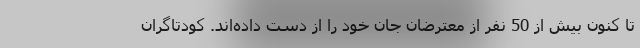
تا کنون بیش از 50 نفر از معترضان جان خود را از دست داده‌اند. کودتاگران